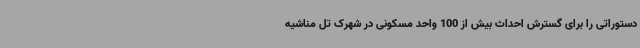
دستوراتی را برای گسترش احداث بیش از 100 واحد مسکونی در شهرک تل مناشیه